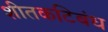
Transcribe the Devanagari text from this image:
शीतकटिबंध